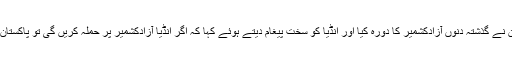
اسی وجہ سے وزیراعظم پاکستان نے گذشتہ دنوں آزادکشمیر کا دورہ کیا اور انڈیا کو سخت پیغام دیتے ہوئے کہا کہ اگر انڈیا آزادکشمیر پر حملہ کریں گی تو پاکستان اس کا بہت سخت جواب دیں گا۔